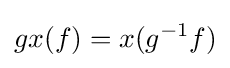
gx(f)=x(g^{-1}f)